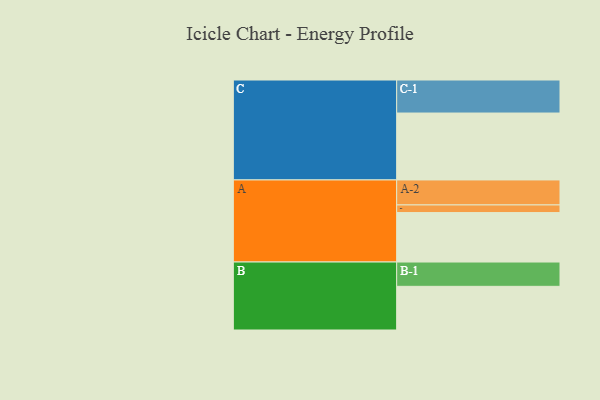
{"axis": {"x": "Segment", "y": "Value"}, "legend": ["", "A", "B", "C"], "data": [{"x": "A", "y": 368, "type": ""}, {"x": "B", "y": 325, "type": ""}, {"x": "C", "y": 498, "type": ""}, {"x": "A-1", "y": 57, "type": "A"}, {"x": "A-2", "y": 186, "type": "A"}, {"x": "B-1", "y": 181, "type": "B"}, {"x": "C-1", "y": 246, "type": "C"}]}